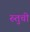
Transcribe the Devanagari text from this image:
रुतुची